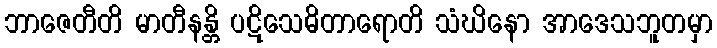
ဘာဇေတီတိ မာတီနန္တိ ပဋိသေဓိတာရောတိ သံဃိနော အာဒေသဘူတမှာ